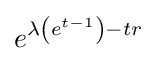
e^{\lambda \left(e^{t-1}\right)-tr}